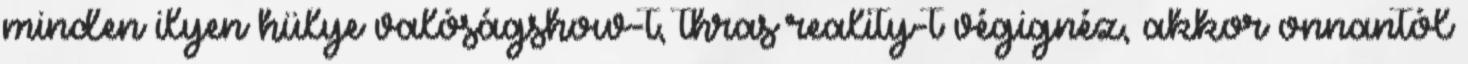
minden ilyen hülye valóságshow-t, thras reality-t végignéz, akkor onnantól